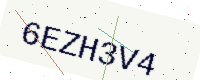
Text: 6EZH3V4